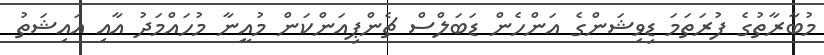
މުބާރާތުގެ ފުރަތަމަ ޑިވިޝަންގެ އަންހެން ޑަބަލްސް ޗެންޕިއަންކަން މުއީނާ މުހައްމަދު އާއި އައިޝަތު